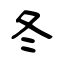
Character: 冬